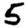
Digit: 5